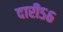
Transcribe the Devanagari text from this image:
दारी५६